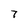
Character: 7